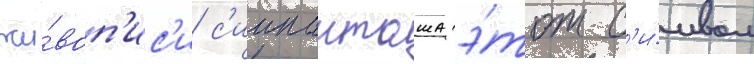
жи́воп'ис'и с'иипанташа э́тот с'и́мвол